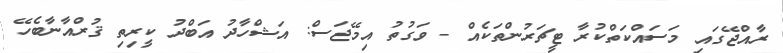
ރާއްޖޭގައި މަސައްކަތްކުރާ ޓީޗަރުންތަކެއް - ވަގުތު އިމޭޖަސް: އަޝްހާދު އަބްދު ކީރިތި ޤުރްއާނާބެހޭ